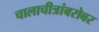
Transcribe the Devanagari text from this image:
चालाचीत्रांबरोबर